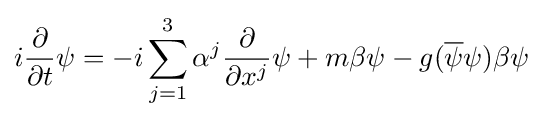
i{\frac {\partial }{\partial t}}\psi =-i\sum _{j=1}^{3}\alpha ^{j}{\frac {\partial }{\partial x^{j}}}\psi +m\beta \psi -g({\overline {\psi }}\psi )\beta \psi